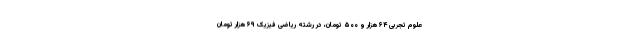
علوم تجربی ۶۴ هزار و ۵۰۰ تومان، در رشته ریاضی فیزیک ۶۹ هزار تومان